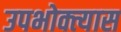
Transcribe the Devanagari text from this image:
उपभोक्त्यास